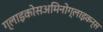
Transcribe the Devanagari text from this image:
ग्लाइकोसअमिनोग्लाइकन्स